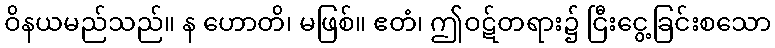
ဝိနယမည်သည်။ န ဟောတိ၊ မဖြစ်။ ဧတံ၊ ဤဝဋ်တရား၌ ငြီးငွေ့ခြင်းစသော